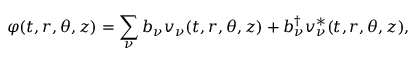
\varphi ( t , r , \theta , z ) = \sum _ { \nu } b _ { \nu } v _ { \nu } ( t , r , \theta , z ) + b _ { \nu } ^ { \dag } v _ { \nu } ^ { * } ( t , r , \theta , z ) ,